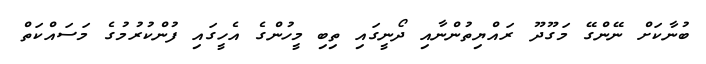
ބުނާކަށް ނޭންގޭ މަގޫދޫ ރައްޔިތުންނާއި ދޯނީގައި ތިބި މީހުންގެ އެހީގައި ފުންކުރުމުގެ މަސައްކަތް